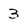
Character: 3